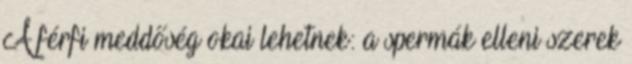
A férfi meddőség okai lehetnek: a spermák elleni szerek